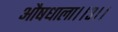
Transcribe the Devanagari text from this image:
औषधाला।।३।।